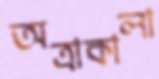
অত্রাকালা